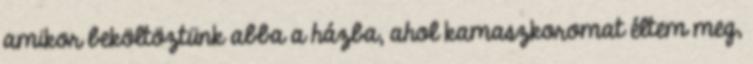
amikor beköltöztünk abba a házba, ahol kamaszkoromat éltem meg,